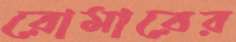
রোমারের